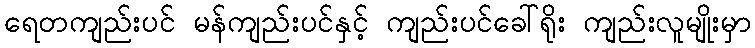
ရေတကျည်းပင် မန်ကျည်းပင်နှင့် ကျည်းပင်ခေါ်ရိုး ကျည်းလူမျိုးမှာ